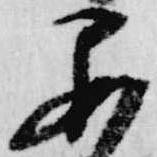
委